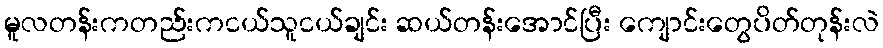
မူလတန်းကတည်းကငယ်သူငယ်ချင်း ဆယ်တန်းအောင်ပြီး ကျောင်းတွေပိတ်တုန်းလဲ